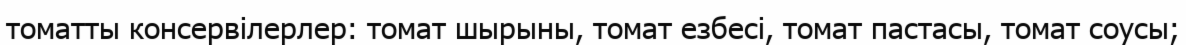
томатты консервілерлер: томат шырыны, томат езбесі, томат пастасы, томат соусы;